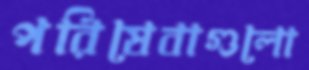
পরিষেবাগুলো